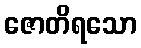
ဇောတိရသော